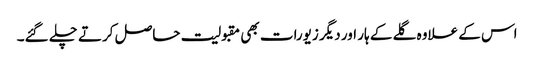
اس کے علاوہ گلے کے ہار اور دیگر زیورات بھی مقبولیت حاصل کرتے چلے گئے۔